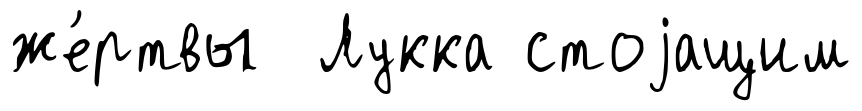
же́ртвы Лукка стоjащим